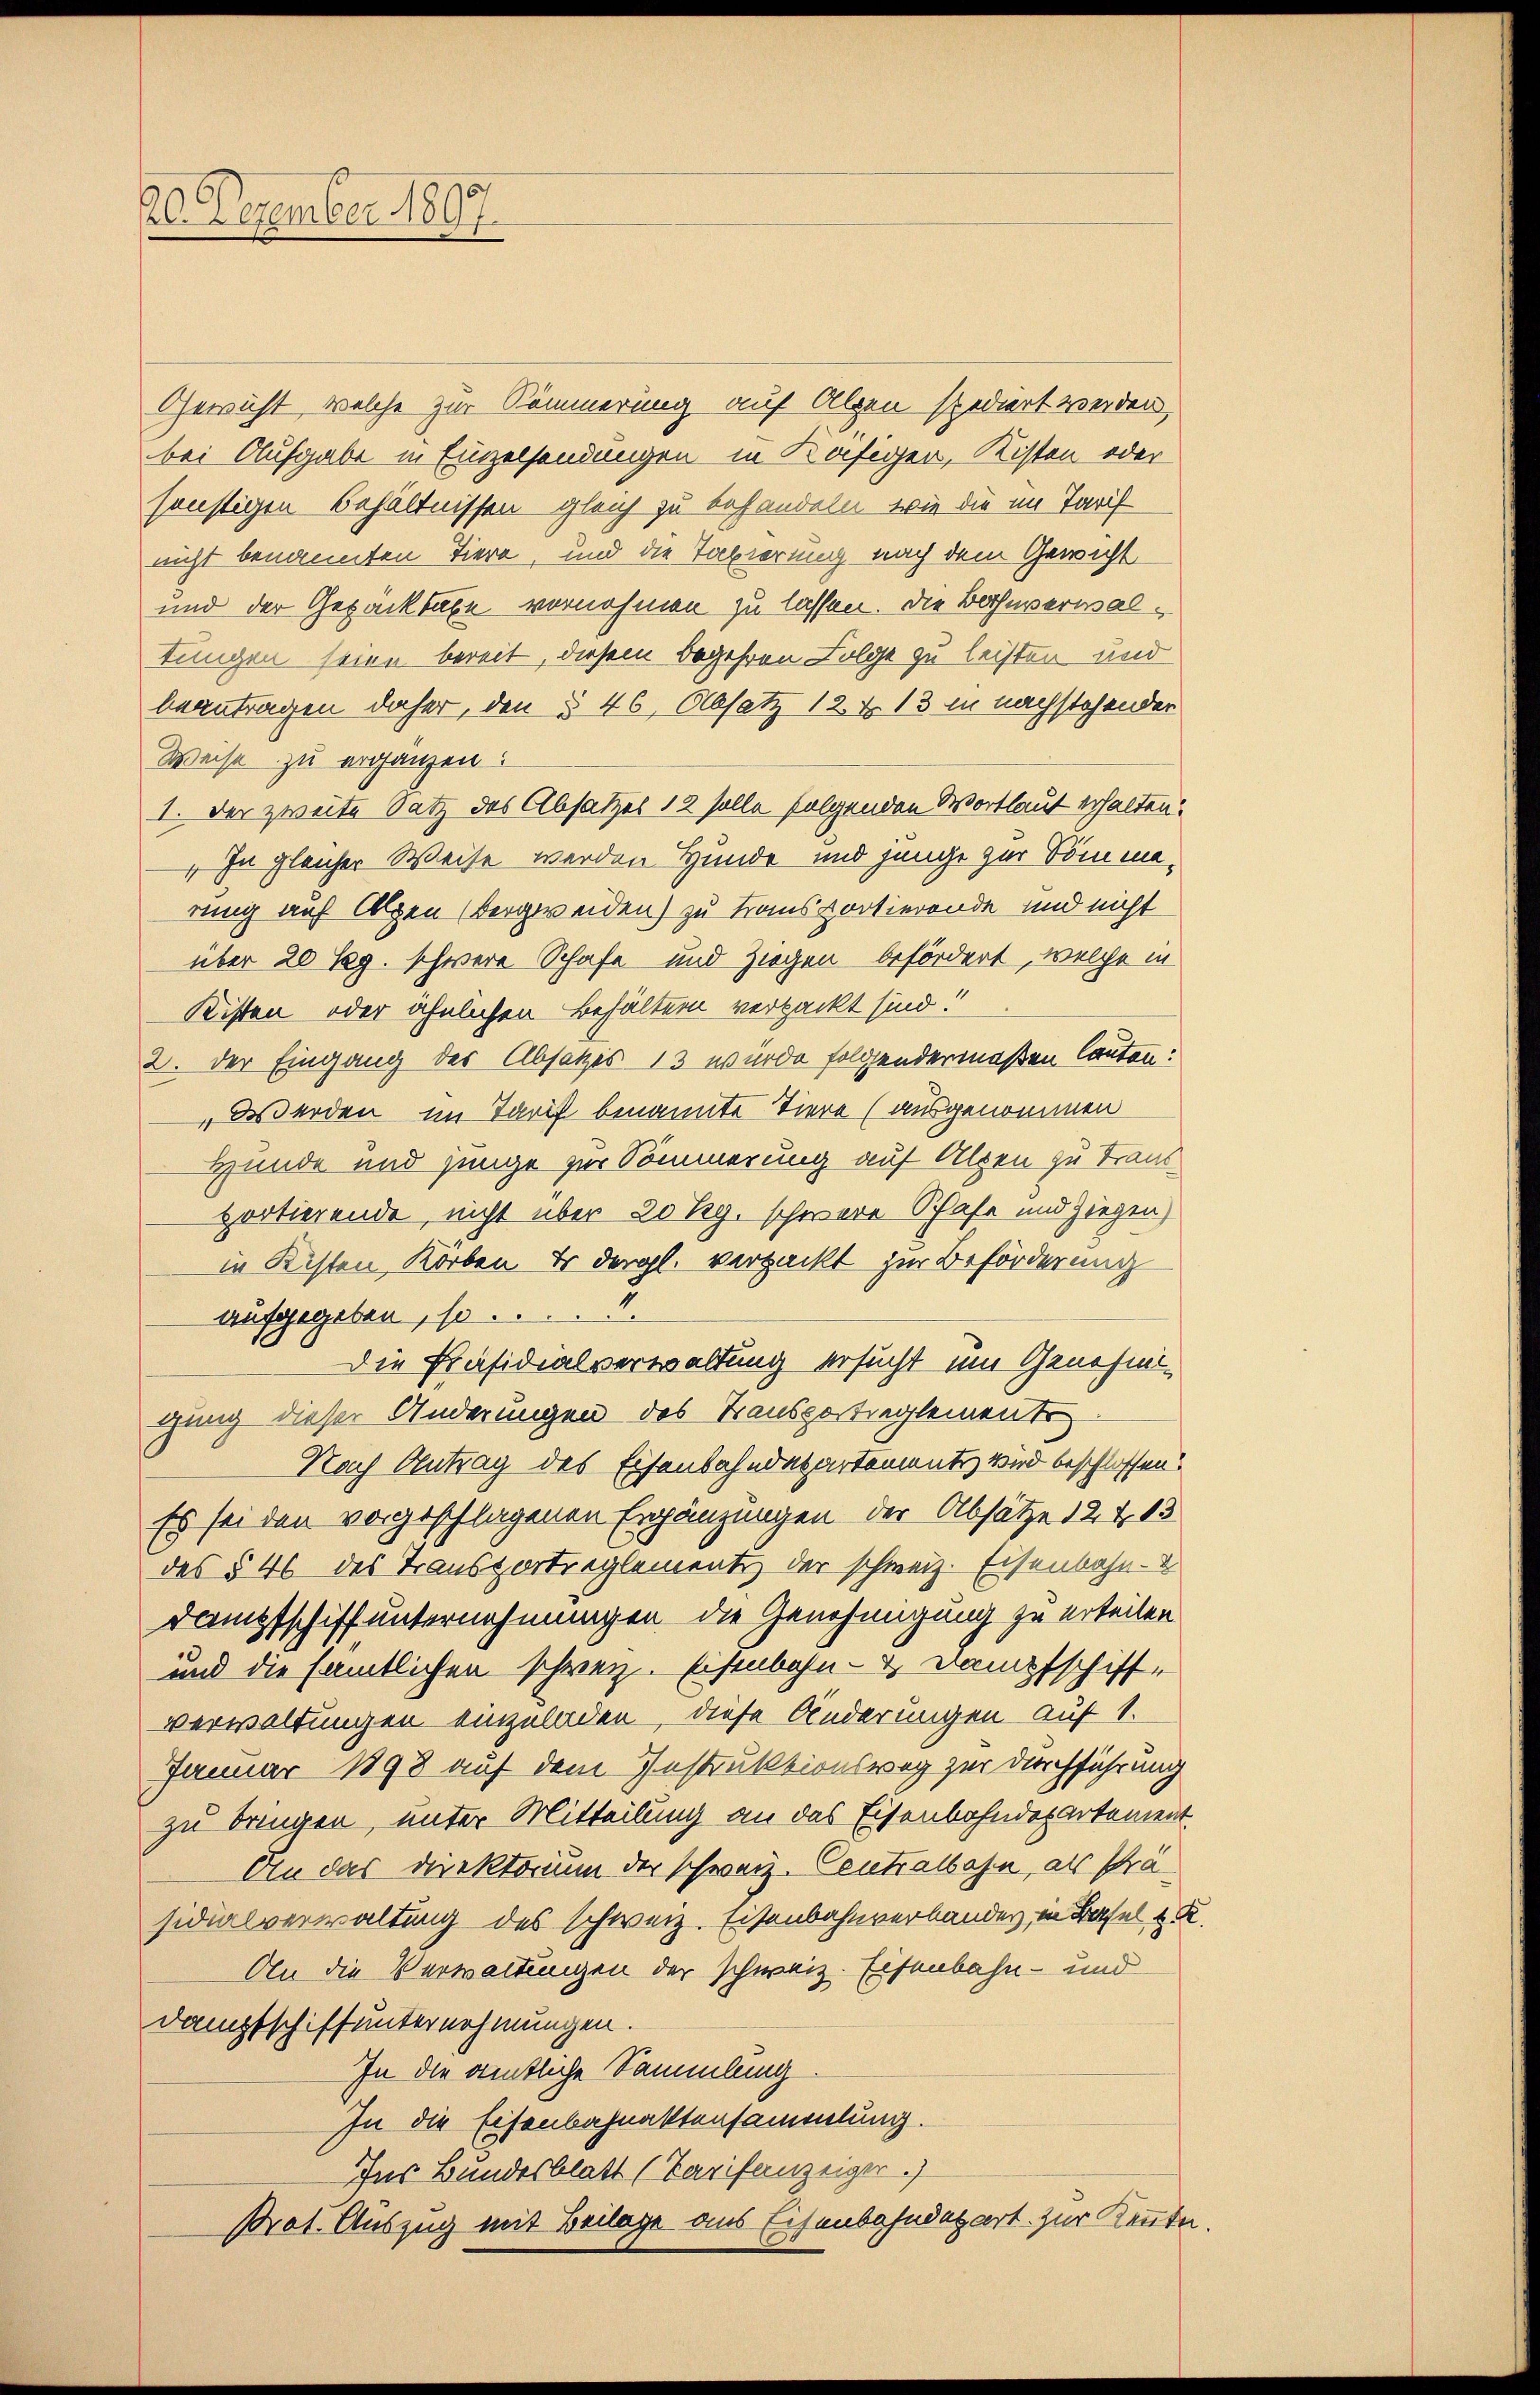
26. Dezember 1807.

Gewicht, welche zur Rämmerung auf Alpen spediert werden,
bei Aufgabe in Einzelsendungen in Käfiger, Kisten oder
sonstigen Behältnissen gleich zu behandeln, wie die im Tarif
nicht benannten Tiere, und die Tabierung nach dem Gewicht
und der Gepacktaxe vornehmen zu lassen. Die Bahnverwaltungen seien bereit, diesem Begehren Folge zu leisten und
beantragen daher, den § 46, Absatz 12. r. 13 in nachstehender
Weise zu ergänzen.
I. Der zweite Satz des Absatzes 12 solle folgenden Wortlaut erhalten.
" In gleicher Weise werden Hunde und junge zur Sommerung auf Alpen (Bergweiden) zu Hansportierende und nicht
über 20 Kg. schwere Schafe und Ziegen befördert, welche in
Kisten oder ähnlichen Behältern verpackt sind!
2. Der Eingang des Absatzes 13 wurde folgendermaßen lauten:
Werden im Tarif benannte Tiere (ausgenommen
Hunde und junge zur Sommerung auf Alpen zu Trans
portierende, nicht über 20 Rg. schwere Schafe und Ziegen,
in Kisten Korben Er dergl. verpackt zur Beförderung
aufgegeben, so
Die Präsidialverwaltung ersucht um Genehmigung dieser Änderungen des Transportreglementr
Nach Antrag des Eisenbahndepartementiz wird beschlossen?
Es sei den vorgeschlagenen Ergänzungen der Absätze 12413
des § 46 des Transportreglement der schweiz. Eisenbahn-
Dampfschiff unternehmungen die Genehmigung zu erteilen
und die sämtlichen schweiz. Eisenbahn- & Dampfschiff-
verwaltungen einzuladen diese Änderungen auf 1.
Januar 1898 auf dem Instruktionsweg zur Durchführung
zu bringen, unter Mitteilung an das Eisenbahndepartement
An das Direktorium der schweiz. Centralbahn, als Präsidialverwaltung des schweiz. Eisenbahnverbandes, in Basel & K
An die Verwaltungen der schweiz. Eisenbahn- und
Dampfschiff unternehmungen.
In die amtliche Sammlung
In die Eisenbahnaktensammlung.
Ins Bundesblatt (Tarifanzeiger.)
Prot. Auszug mit Beilage aus Eisenbahndepart zur Kennte.